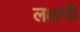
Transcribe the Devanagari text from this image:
लक्षणी